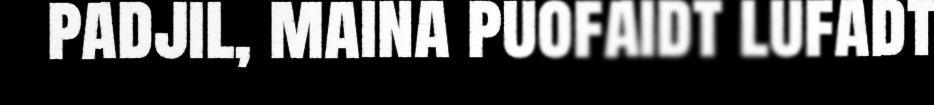
padjil, maina puofaidt lufadt